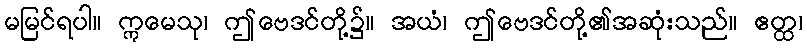
မမြင်ရပါ။ ဣမေသု၊ ဤဗေဒင်တို့၌။ အယံ၊ ဤဗေဒင်တို့၏အဆုံးသည်။ ဧတ္ထ၊